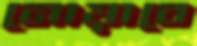
নোয়াবে